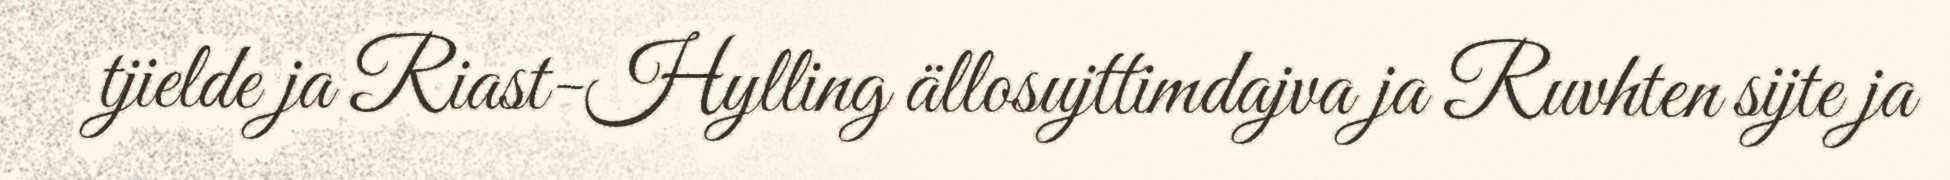
tjielde ja Riast-Hylling ällosujttimdajva ja Ruvhten sijte ja